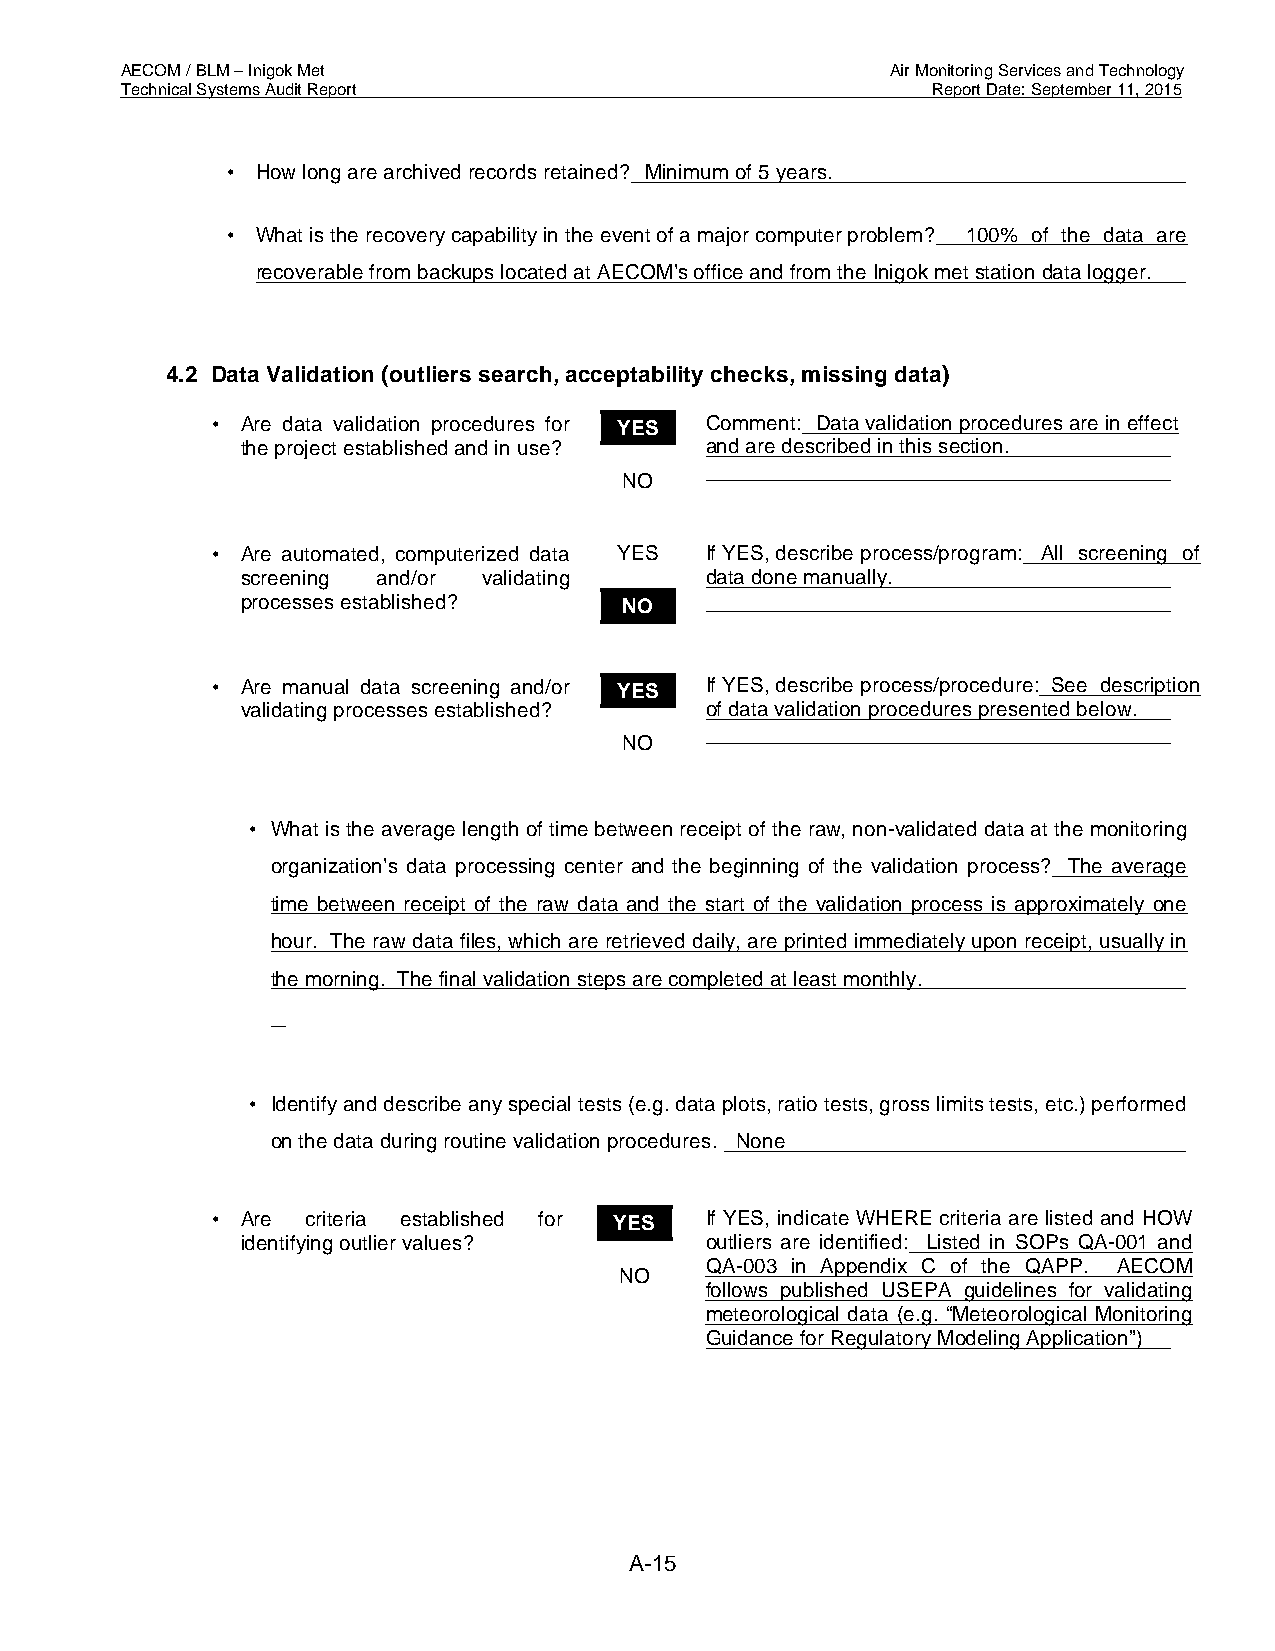
AECOM / BLM – Inigok Met                           Air Monitoring Services and Technology
 Technical Systems Audit Report                        Report Date: September 11, 2015
 • How long are archived records retained? Minimum of 5 years.
 • What is the recovery capability in the event of a major computer problem? 100% of the data are
 recoverable from backups located at AECOM’s office and from the Inigok met station data logger.
 4.2 Data Validation (outliers search, acceptability checks, missing data)
 • Are data validation procedures for YES Comment: Data validation procedures are in effect
 the project established and in use? and are described in this section.
 NO
 • Are automated, computerized data YES If YES, describe process/program: All screening of
 screening and/or validating    data done manually.
 processes established?   NO
 • Are manual data screening and/or YES If YES, describe process/procedure: See description
 validating processes established? of data validation procedures presented below.
 NO
 • What is the average length of time between receipt of the raw, non-validated data at the monitoring
 organization’s data processing center and the beginning of the validation process? The average
 time between receipt of the raw data and the start of the validation process is approximately one
 hour. The raw data files, which are retrieved daily, are printed immediately upon receipt, usually in
 the morning. The final validation steps are completed at least monthly.
 • Identify and describe any special tests (e.g. data plots, ratio tests, gross limits tests, etc.) performed
 on the data during routine validation procedures. None
 • Are criteria established for YES If YES, indicate WHERE criteria are listed and HOW
 identifying outlier values?    outliers are identified: Listed in SOPs QA-001 and
 QA-003 in Appendix C of the QAPP. AECOM
 NO
 follows published USEPA guidelines for validating
 meteorological data (e.g. “Meteorological Monitoring
 Guidance for Regulatory Modeling Application”)
 A-15